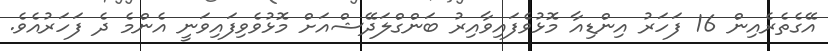
އޭގެތެރެއިން 16 ފަހަރު އިންޑިއާ މޮޅުވެފައިވާއިރު ބަންގްލަދޭޝްއަށް މޮޅުވެވިފައިވަނީ އެންމެ ދެ ފަހަރުއެވެ.